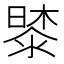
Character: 𭧔